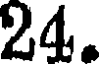
24.